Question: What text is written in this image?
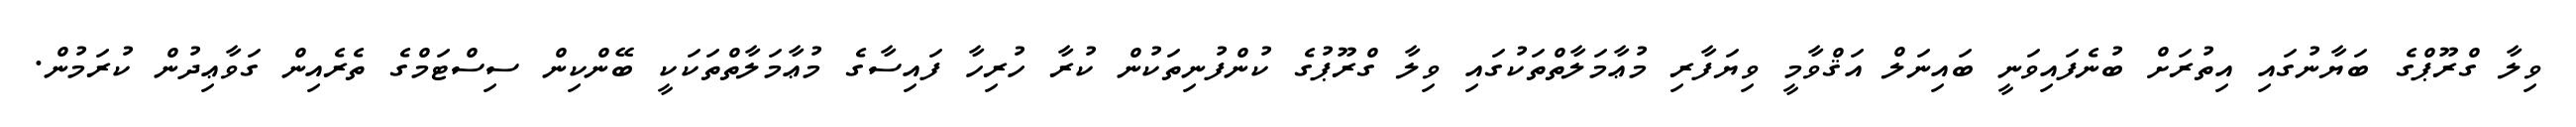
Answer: ވިލާ ގްރޫޕްގެ ބަޔާނުގައި އިތުރަށް ބުނެފައިވަނީ ބައިނަލް އަޤްވާމީ ވިޔަފާރި މުޢާމަލާތްތަކުގައި ވިލާ ގްރޫޕުގެ ކުންފުނިތަކުން ކުރާ ހުރިހާ ފައިސާގެ މުޢާމަލާތްތަކަކީ ބޭންކިން ސިސްޓަމްގެ ތެރެއިން ގަވާޢިދުން ކުރަމުން.